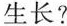
生长?